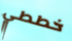
خططي